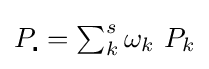
{\textstyle P_{\centerdot }=\sum _{k}^{s}\omega _{k}\ P_{k}}